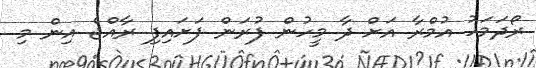
ރޯދަމަހު އުމްރާ އަށް ދާ މީހުން ފުރަން ފަށައިފި ރާއްޖެ އިން މި